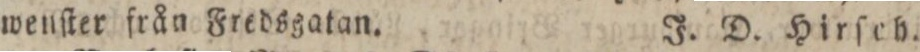
wenſter från Fredsgatan.    J. D. Hirſch.